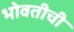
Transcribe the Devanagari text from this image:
भोवतीची